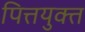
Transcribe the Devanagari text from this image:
पित्तयुक्त